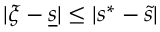
| \xi - \underline { { s } } | \leq | s ^ { * } - \widetilde s |